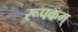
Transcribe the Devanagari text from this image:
रूपकम्